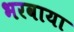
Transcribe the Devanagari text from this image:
भरवाया